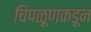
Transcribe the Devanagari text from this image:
चिपळूणकडून